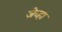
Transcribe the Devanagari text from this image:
जेच्हा